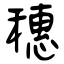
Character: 穗